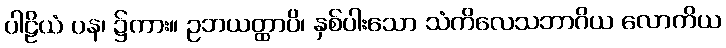
ပါဠိယံ ပန၊ ၌ကား။ ဥဘယတ္ထာပိ၊ နှစ်ပါးသော သံကိလေသဘာဂိယ လောကိယ